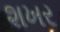
શખર